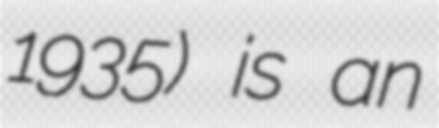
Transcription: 1935) is an